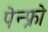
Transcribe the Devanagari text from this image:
पेन्फ्रो